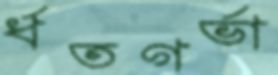
র্ধতগর্ভা